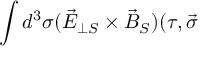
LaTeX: \int d ^ { 3 } \sigma ( \vec { E } _ { \perp S } \times \vec { B } _ { S } ) ( \tau , \vec { \sigma }